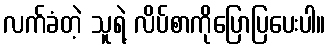
လက်ခံတဲ့ သူရဲ့ လိပ်စာကိုပြောပြပေးပါ။